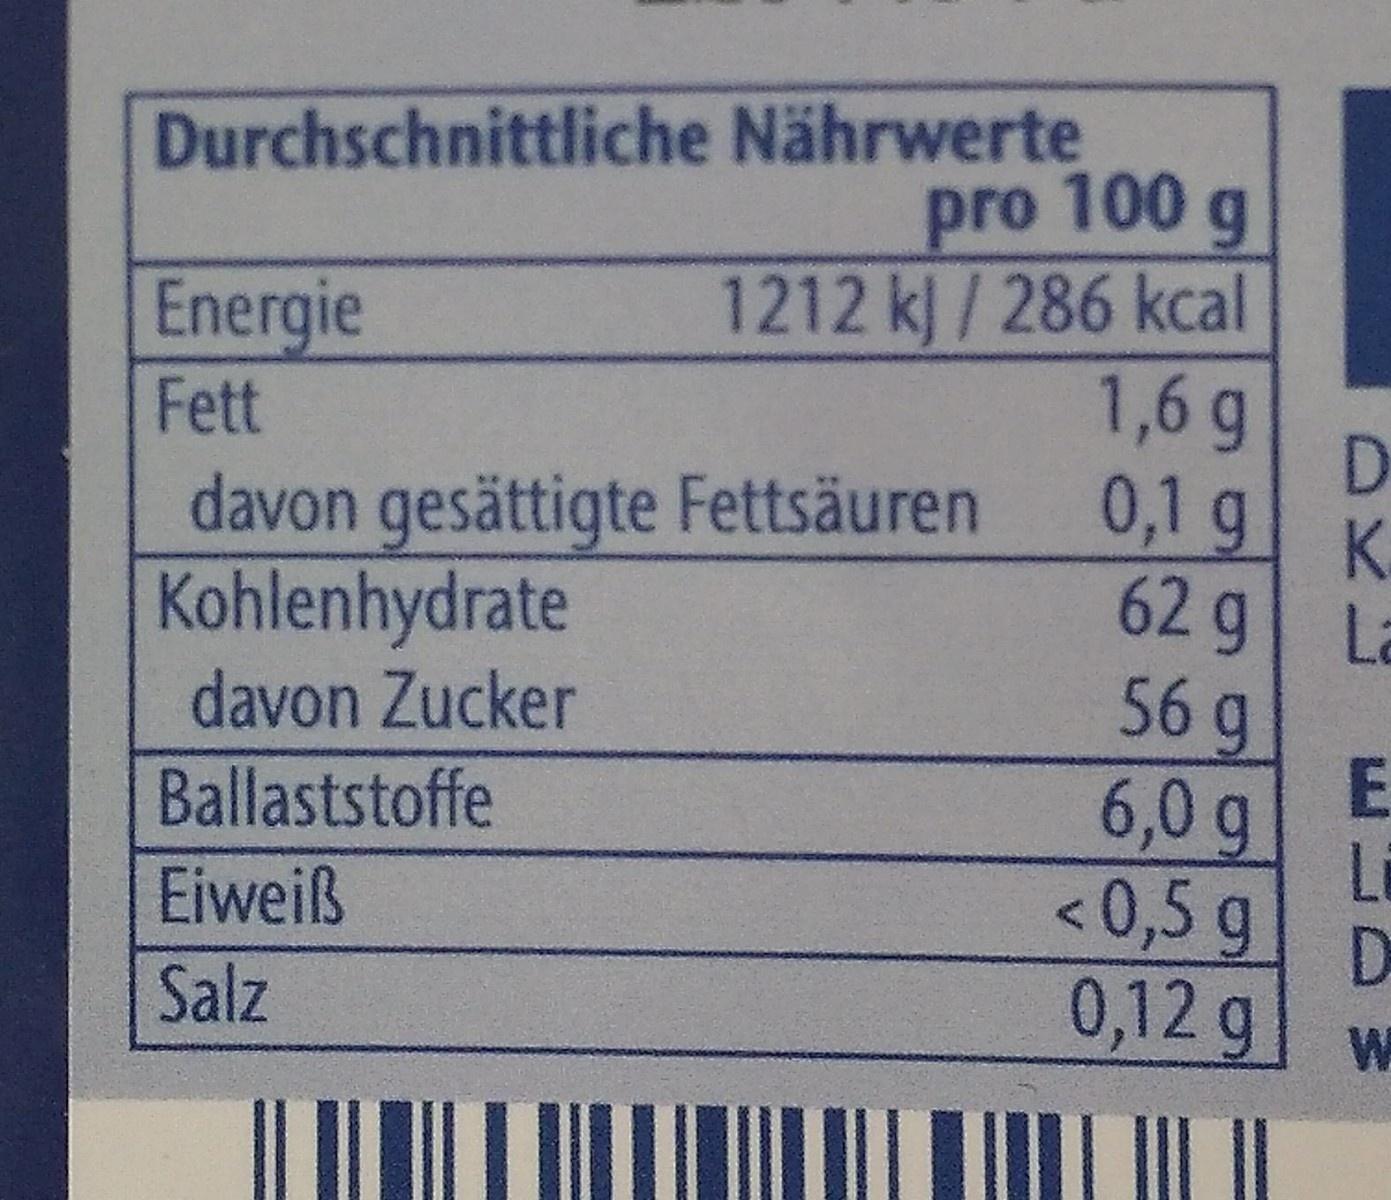
Durchschnittliche Nährwerte pro 100 g
Energie Fett
1212 k / 286 kcal 1,6 g
0,1g
davon gesättigte Fettsäuren Kohlenhydrate davon Zucker Ballaststoffe
K.
62 g La 56g
E 6,0 g Li <0,5 g
Eiweiß
Salz
0,12g
WA